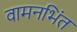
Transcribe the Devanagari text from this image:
वामनभिंत